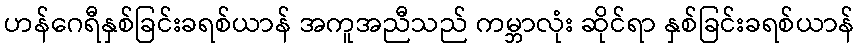
ဟန်ဂေရီနှစ်ခြင်းခရစ်ယာန် အကူအညီသည် ကမ္ဘာလုံး ဆိုင်ရာ နှစ်ခြင်းခရစ်ယာန်